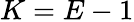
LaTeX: K=E-1